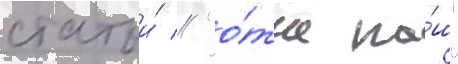
статьи́ // "о́тче на́ш"